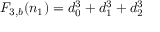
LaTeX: F _ { 3 , b } ( n _ { 1 } ) = d _ { 0 } ^ { 3 } + d _ { 1 } ^ { 3 } + d _ { 2 } ^ { 3 }